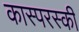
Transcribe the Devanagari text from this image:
कास्परस्की